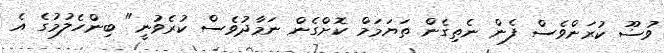
ވުޟޫ ކުރަންވެސް ފެން ނެތިގެން ތަޔަމަމް ކޮށްގެން ނަމާދުވެސް ކުރެވުނީ" ބިންހެލުމުގެ އެ